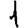
Digit: 1